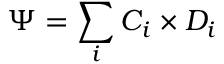
\Psi = \sum _ { i } C _ { i } \times D _ { i }